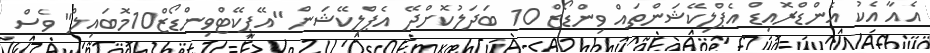
އެއާ އެކު އެންޑްރޮއިޑް އެޕްލިކޭޝަންތައް ވިންޑޯޒް 10 ބަދަލުކޮށްދޭ އެޕްލިކޭޝަން "އޭޕީކޭޓްވިންޑޯޒް10މޮބައިލް" ވެސް